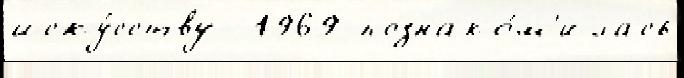
иску́сству  1969 познако́м'илась